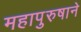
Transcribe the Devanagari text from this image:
महापुरुषाने